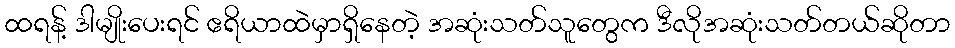
ထရန့် ဒါမျိုးပေးရင် ဧရိယာထဲမှာရှိနေတဲ့ အဆုံးသတ်သူတွေက ဒီလိုအဆုံးသတ်တယ်ဆိုတာ